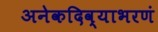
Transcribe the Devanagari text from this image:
अनेकदिव्याभरणं